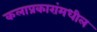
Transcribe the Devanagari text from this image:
कलाप्रकारांमधील